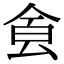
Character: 𩚀